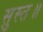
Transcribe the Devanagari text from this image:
सुस्त॥